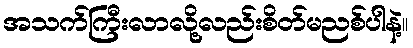
အသက်ကြီးလာလို့လည်းစိတ်မညစ်ပါနဲ့။